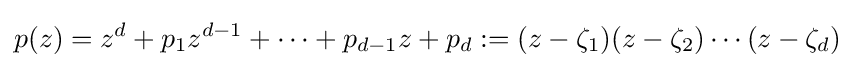
p(z)=z^{d}+p_{1}z^{d-1}+\cdots +p_{d-1}z+p_{d}:=(z-\zeta _{1})(z-\zeta _{2})\cdots (z-\zeta _{d})